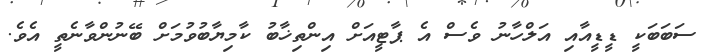
ސަބަބަކީ ޑީޑީއާއި އަލްހާނު ވެސް އެ ޕާޓީއަށް އިންތިޚާބު ކާމިޔާބުވުމަށް ބޭނުންވާނެތީ އެވެ.